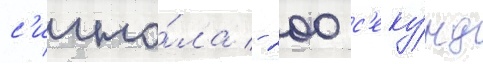
с'игна́ла - 200 с'еку́нд